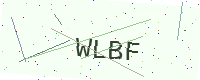
Text: WLBF